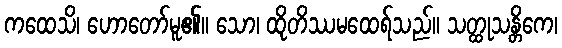
ကထေသိ၊ ဟောတော်မူ၏။ သော၊ ထိုတိဿမထေရ်သည်။ သတ္ထုသန္တိကေ၊